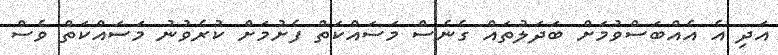
އަދި އެ އެއްބަސްވުމަށް ބަދަލުތައް ގެނެސް މަސައްކަތް ފެށުމަށް ކުރެވުނު މަސައްކަތް ވެސް